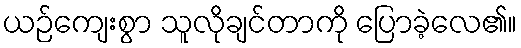
ယဉ်ကျေးစွာ သူလိုချင်တာကို ပြောခဲ့လေ၏။